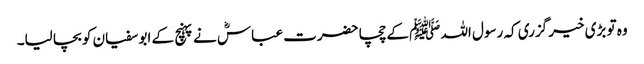
وہ تو بڑی خیر گزری کہ رسول اللہ ﷺ کے چچا حضرت عباسؓ نے پہنچ کے ابو سفیان کو بچا لیا۔